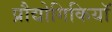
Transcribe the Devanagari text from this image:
प्रौद्योगिकियॉ